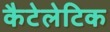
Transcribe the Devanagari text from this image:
कैटेलेटिक